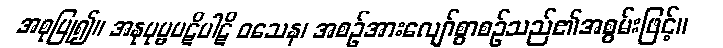
အစုပြု၍။ အနုပုဗ္ဗပဋိပါဋိ ဝသေန၊ အစဉ်အားလျော်စွာစဉ်သည်၏အစွမ်းဖြင့်။